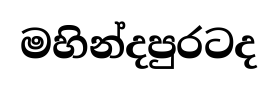
මහින්දපුරටද